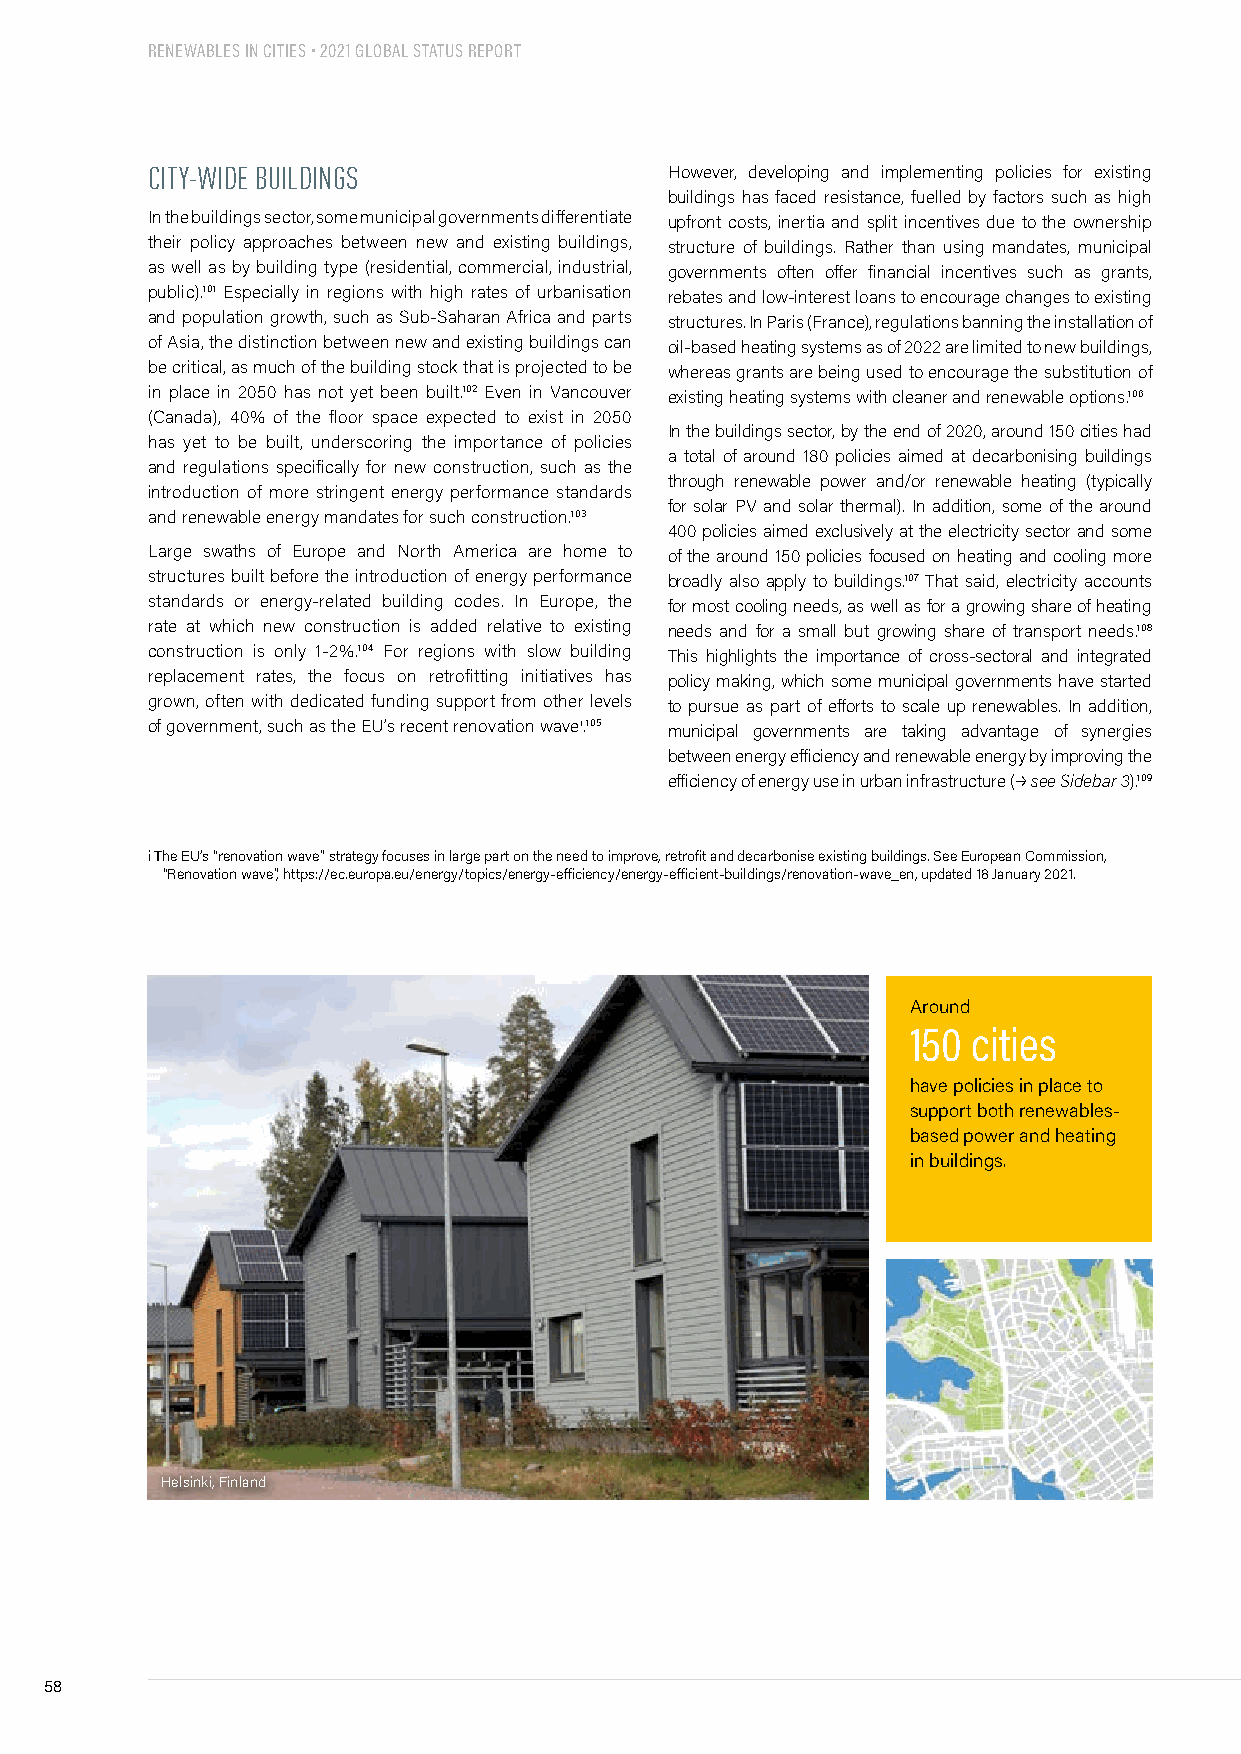
RENEWABLES IN CITIES • 2021 GLOBAL STATUS REPORT
 CITY-WIDE BUILDINGS               However, developing and implementing policies for existing
 buildings has faced resistance, fuelled by factors such as high
 In the buildings sector, some municipal governments differentiate upfront costs, inertia and split incentives due to the ownership
 their policy approaches between new and existing buildings, structure of buildings. Rather than using mandates, municipal
 as well as by building type (residential, commercial, industrial, governments often offer financial incentives such as grants,
 public).101 Especially in regions with high rates of urbanisation rebates and low-interest loans to encourage changes to existing
 and population growth, such as Sub-Saharan Africa and parts structures. In Paris (France), regulations banning the installation of
 of Asia, the distinction between new and existing buildings can oil-based heating systems as of 2022 are limited to new buildings,
 be critical, as much of the building stock that is projected to be whereas grants are being used to encourage the substitution of
 in place in 2050 has not yet been built.102 Even in Vancouver existing heating systems with cleaner and renewable options.106
 (Canada), 40% of the floor space expected to exist in 2050
 In the buildings sector, by the end of 2020, around 150 cities had
 has yet to be built, underscoring the importance of policies
 a total of around 180 policies aimed at decarbonising buildings
 and regulations specifically for new construction, such as the
 through renewable power and/or renewable heating (typically
 introduction of more stringent energy performance standards
 for solar PV and solar thermal). In addition, some of the around
 and renewable energy mandates for such construction.103
 400 policies aimed exclusively at the electricity sector and some
 Large swaths of Europe and North America are home to of the around 150 policies focused on heating and cooling more
 structures built before the introduction of energy performance broadly also apply to buildings.107 That said, electricity accounts
 standards or energy-related building codes. In Europe, the for most cooling needs, as well as for a growing share of heating
 rate at which new construction is added relative to existing needs and for a small but growing share of transport needs.108
 construction is only 1-2%.104 For regions with slow building This highlights the importance of cross-sectoral and integrated
 replacement rates, the focus on retrofitting initiatives has policy making, which some municipal governments have started
 grown, often with dedicated funding support from other levels to pursue as part of efforts to scale up renewables. In addition,
 of government, such as the EU’s recent renovation wavei.105 municipal governments are taking advantage of synergies
 between energy efficiency and renewable energy by improving the
 efficiency of energy use in urban infrastructure (p see Sidebar 3).109
 i The EU’s “renovation wave” strategy focuses in large part on the need to improve, retrofit and decarbonise existing buildings. See European Commission,
 “Renovation wave”, https://ec.europa.eu/energy/topics/energy-efficiency/energy-efficient-buildings/renovation-wave_en, updated 18 January 2021.
 Around
 150 cities
 have policies in place to
 support both renewables-
 based power and heating
 in buildings.
 Helsinki, Finland
 58